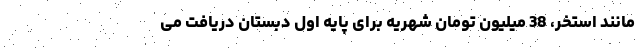
مانند استخر، 38 میلیون تومان شهریه برای پایه اول دبستان دریافت می